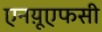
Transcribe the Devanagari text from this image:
एनय़ूएफसी